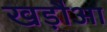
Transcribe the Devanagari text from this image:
खड़ौआ